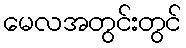
မေလအတွင်းတွင်